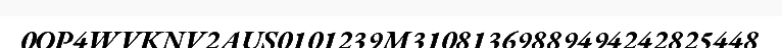
0OP4WVKNV2AUS0101239M31081369889494242825448